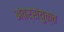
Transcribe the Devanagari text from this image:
अंतर्संयुक्त